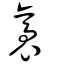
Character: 䮍